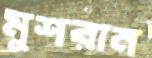
মুশরান